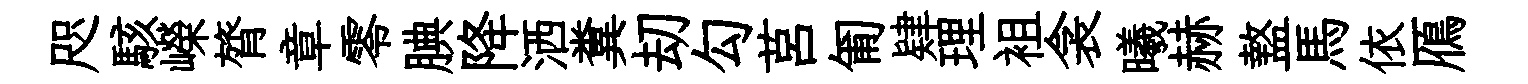
咫駭嶸膂章零腆降洒糞刧勾莒匍肄理袓衾曦赫盩馬依鴈